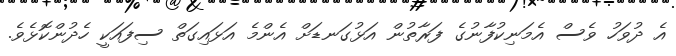
އެ ދުވަހު ވެސް އެމަނިކުފާނުގެ ފަރާތުން އަޅުގަނޑަށް އެންމެ އަޅައިގަތް ސިފައަކީ ހެދުންކޮޅެވެ.